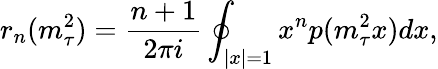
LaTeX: r_{n}(m_{\tau}^{2})=\frac{n+1}{2\pi i}\oint_{|x|=1}x^{n}p(m_{\tau}^{2}x)dx,